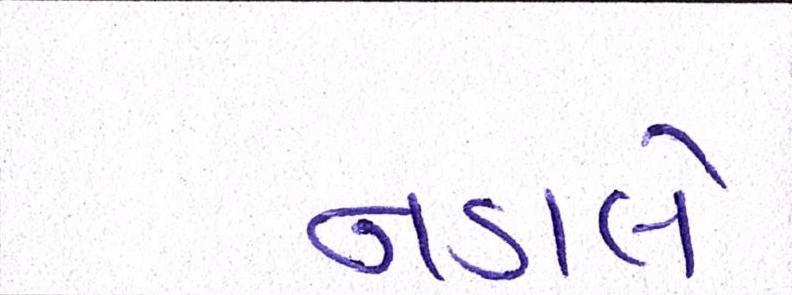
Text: નડાલે